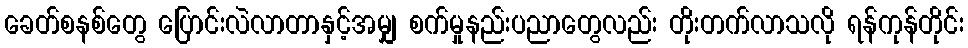
ခေတ်စနစ်တွေ ပြောင်းလဲလာတာနှင့်အမျှ စက်မှုနည်းပညာတွေလည်း တိုးတက်လာသလို ရန်ကုန်တိုင်း